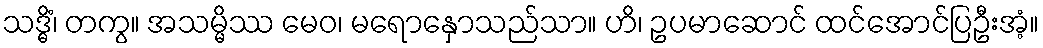
သဒ္ဓိံ၊ တကွ။ အသမ္မိဿ မေဝ၊ မရောနှောသည်သာ။ ဟိ၊ ဥပမာဆောင် ထင်အောင်ပြဦးအံ့။